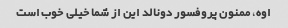
اوه، ممنون پروفسور دونالد این از شما خیلی خوب است